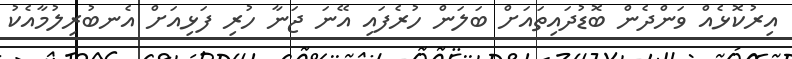
އިރުކޮޅެއް ވަންދެން ބޮޑުދައިތައަށް ބަލަން ހުރެފައި އޭނަ ޖަނާ ހުރި ފަޅިއަށް އެނބުރިލުމާއެކު